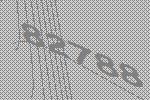
82788